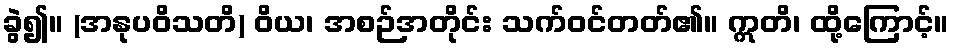
ခွဲ၍။ (အနုပဝိသတိ) ဝိယ၊ အစဉ်အတိုင်း သက်ဝင်တတ်၏။ ဣတိ၊ ထို့ကြောင့်။